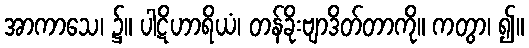
အာကာသေ၊ ၌။ ပါဋိဟာရိယံ၊ တန်ခိုးဗျာဒိတ်တာကို။ ကတွာ၊ ၍။